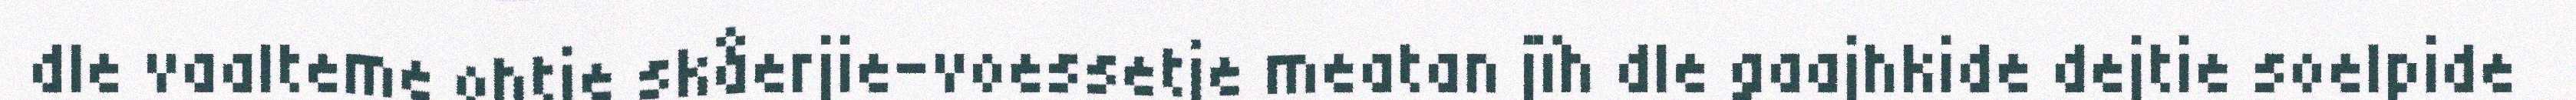
dle vaalteme ohtje skåerjie-voessetje meatan jïh dle gaajhkide dejtie soelpide